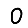
Digit: 0